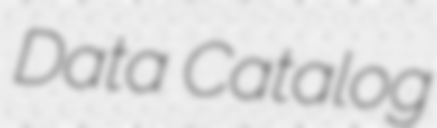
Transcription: Data Catalog